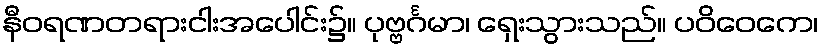
နီဝရဏတရားငါးအပေါင်း၌။ ပုဗ္ဗင်္ဂမာ၊ ရှေးသွားသည်။ ပဝိဝေကေ၊